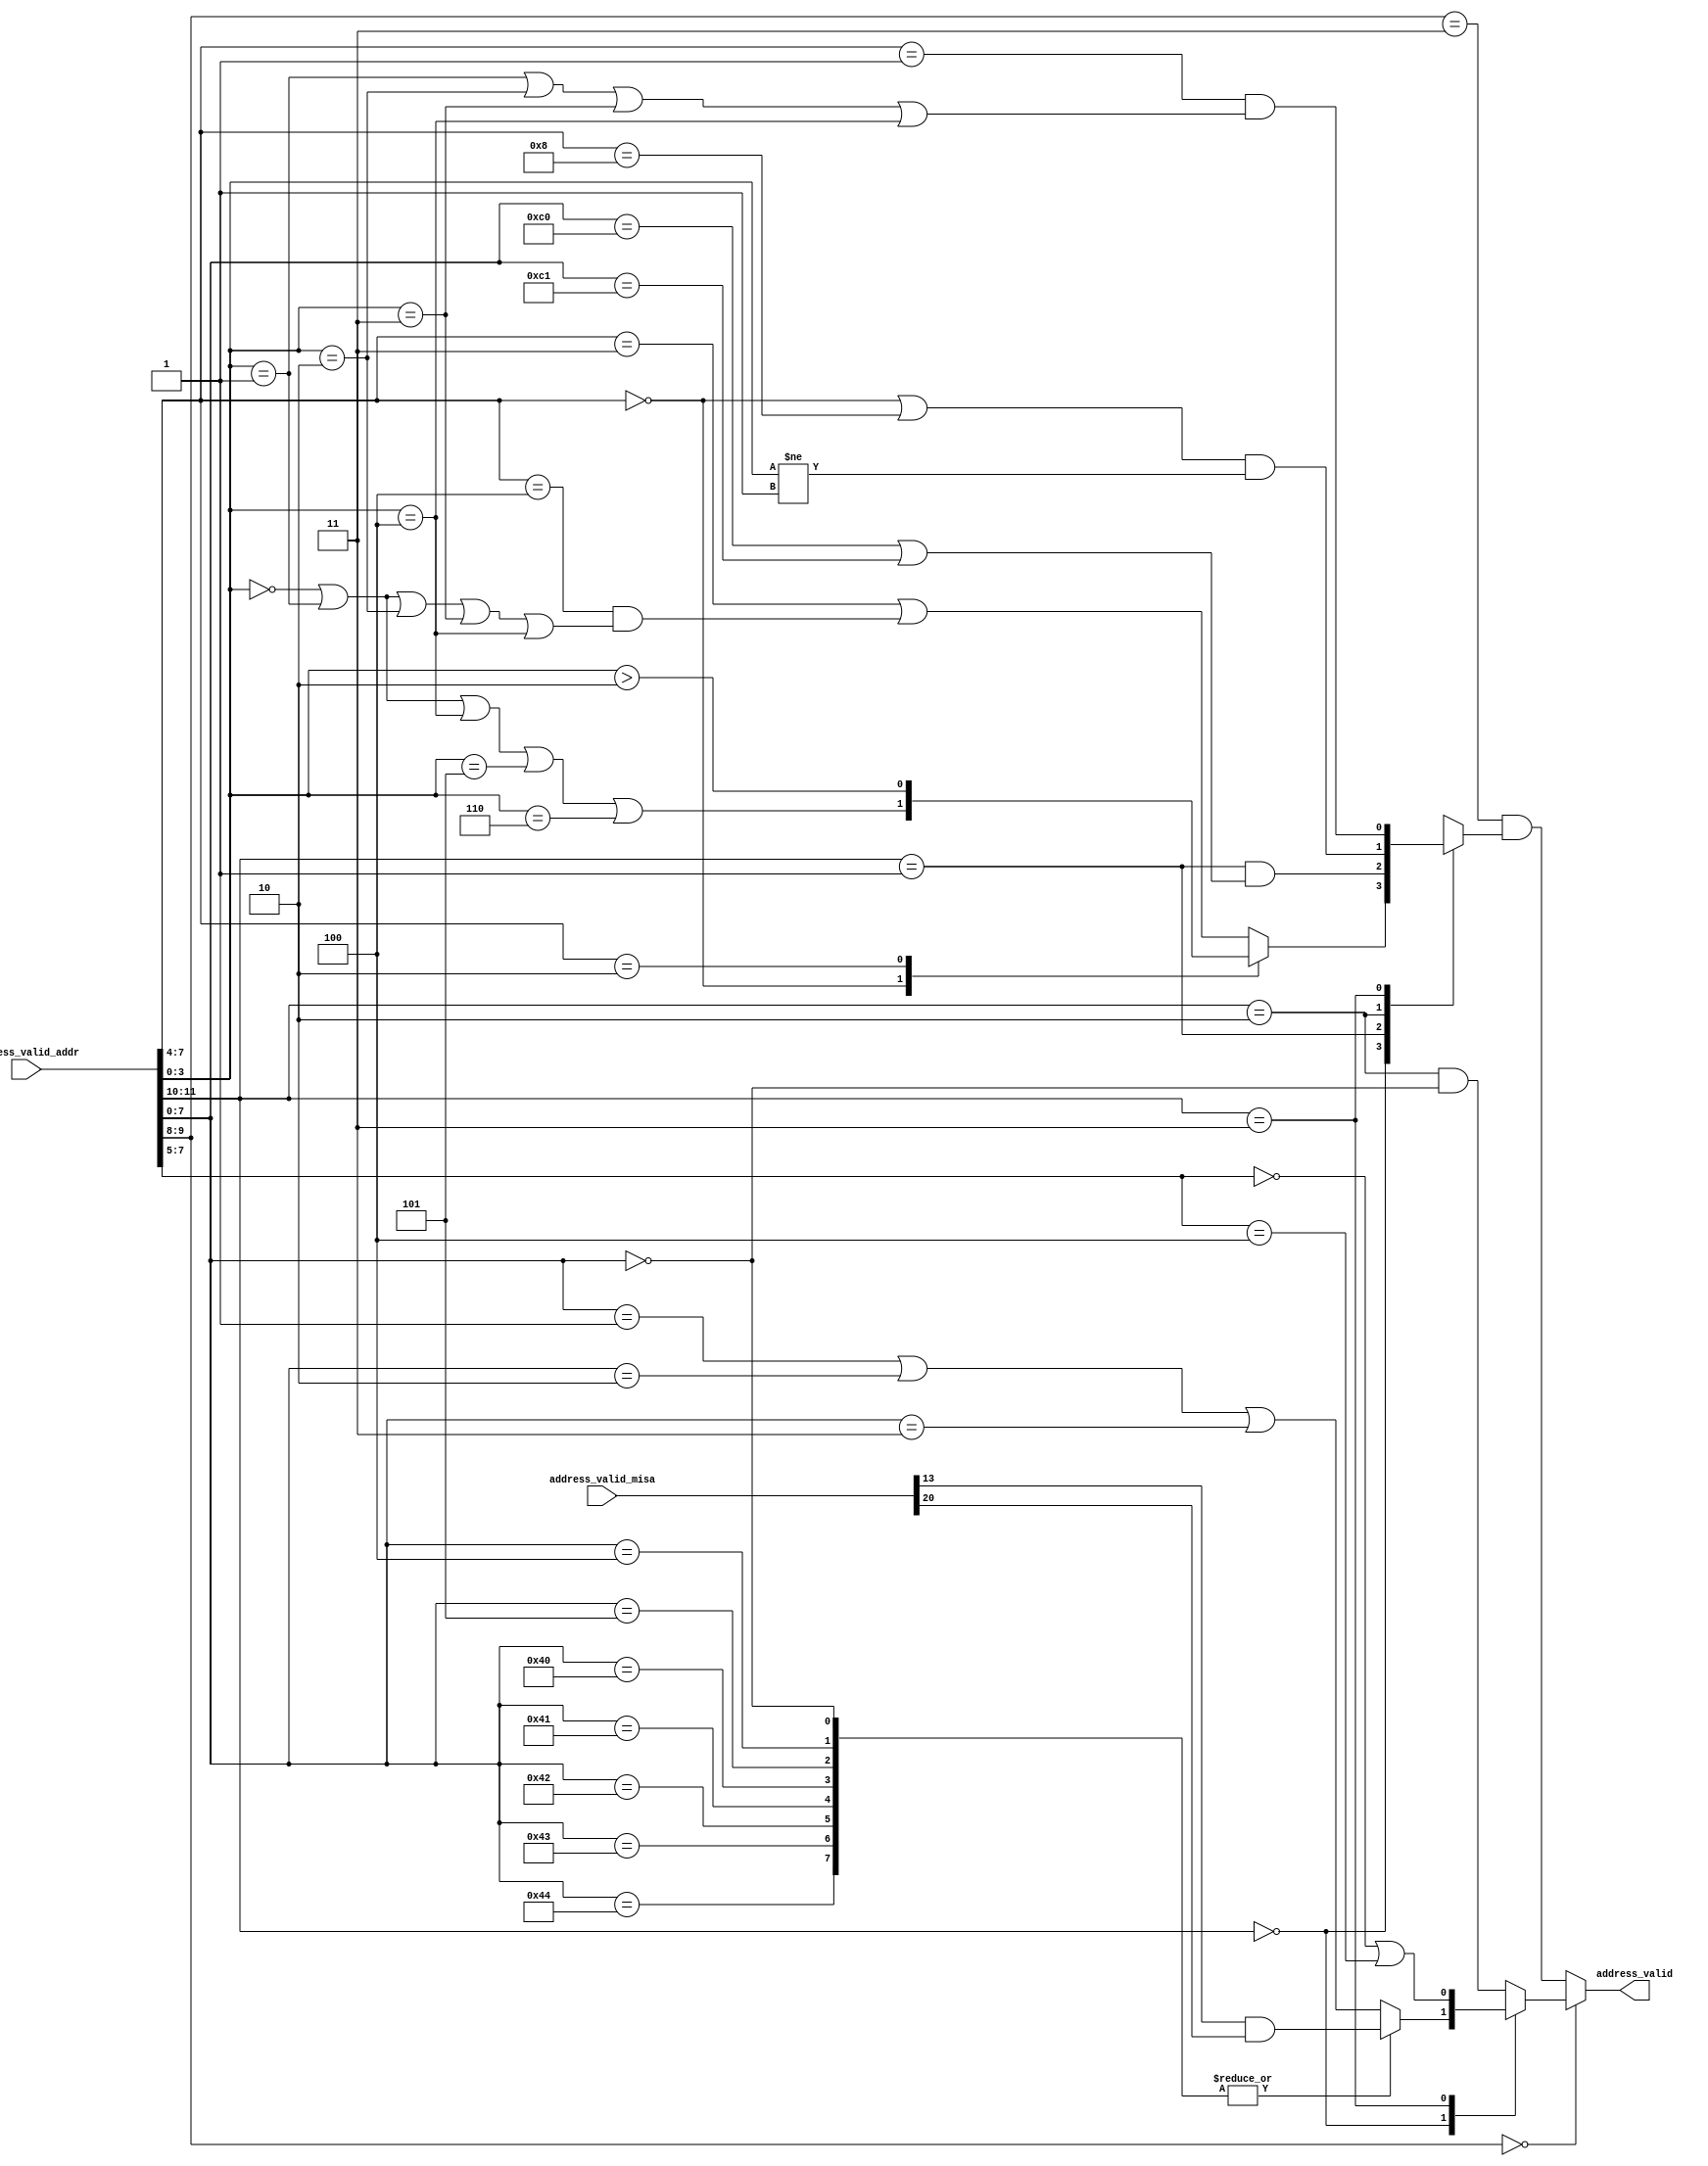
//
// Generated by Bluespec Compiler, version 2022.01-36-ga6304315 (build a6304315)
//
// On Tue Oct  4 10:37:05 CEST 2022
//
//
// Ports:
// Name                         I/O  size props
// address_valid                  O     1
// address_valid_addr             I    12
// address_valid_misa             I    26
//
// Combinational paths from inputs to outputs:
//   (address_valid_addr, address_valid_misa) -> address_valid
//
//

`ifdef BSV_ASSIGNMENT_DELAY
`else
  `define BSV_ASSIGNMENT_DELAY
`endif

`ifdef BSV_POSITIVE_RESET
  `define BSV_RESET_VALUE 1'b1
  `define BSV_RESET_EDGE posedge
`else
  `define BSV_RESET_VALUE 1'b0
  `define BSV_RESET_EDGE negedge
`endif

module module_address_valid(address_valid_addr,
			    address_valid_misa,
			    address_valid);
  // value method address_valid
  input  [11 : 0] address_valid_addr;
  input  [25 : 0] address_valid_misa;
  output address_valid;

  // signals for module outputs
  wire address_valid;

  // remaining internal signals
  reg CASE_address_valid_addr_BITS_11_TO_10_0b0_CASE_ETC__q2,
      CASE_address_valid_addr_BITS_11_TO_10_0b0_CASE_ETC__q4,
      CASE_address_valid_addr_BITS_7_TO_0_0_address__ETC__q1,
      CASE_address_valid_addr_BITS_7_TO_4_0_address__ETC__q3;
  wire address_valid_misa_BIT_13_1_AND_address_valid__ETC___d23;

  // value method address_valid
  assign address_valid =
	     (address_valid_addr[9:8] == 2'b0) ?
	       CASE_address_valid_addr_BITS_11_TO_10_0b0_CASE_ETC__q2 :
	       address_valid_addr[9:8] == 2'b11 &&
	       CASE_address_valid_addr_BITS_11_TO_10_0b0_CASE_ETC__q4 ;

  // remaining internal signals
  assign address_valid_misa_BIT_13_1_AND_address_valid__ETC___d23 =
	     address_valid_misa[13] & address_valid_misa[20] ;
  always@(address_valid_addr or
	  address_valid_misa_BIT_13_1_AND_address_valid__ETC___d23)
  begin
    case (address_valid_addr[7:0])
      8'd0, 8'h04, 8'h05, 8'h40, 8'h41, 8'h42, 8'h43, 8'h44:
	  CASE_address_valid_addr_BITS_7_TO_0_0_address__ETC__q1 =
	      address_valid_misa_BIT_13_1_AND_address_valid__ETC___d23;
      default: CASE_address_valid_addr_BITS_7_TO_0_0_address__ETC__q1 =
		   address_valid_addr[7:0] == 8'h01 ||
		   address_valid_addr[7:0] == 8'h02 ||
		   address_valid_addr[7:0] == 8'h03;
    endcase
  end
  always@(address_valid_addr or
	  CASE_address_valid_addr_BITS_7_TO_0_0_address__ETC__q1)
  begin
    case (address_valid_addr[11:10])
      2'b0:
	  CASE_address_valid_addr_BITS_11_TO_10_0b0_CASE_ETC__q2 =
	      CASE_address_valid_addr_BITS_7_TO_0_0_address__ETC__q1;
      2'b11:
	  CASE_address_valid_addr_BITS_11_TO_10_0b0_CASE_ETC__q2 =
	      address_valid_addr[7:5] == 3'b0 ||
	      address_valid_addr[7:5] == 3'b100;
      default: CASE_address_valid_addr_BITS_11_TO_10_0b0_CASE_ETC__q2 =
		   address_valid_addr[11:10] == 2'b10 &&
		   address_valid_addr[7:0] == 8'd0;
    endcase
  end
  always@(address_valid_addr)
  begin
    case (address_valid_addr[7:4])
      4'd0:
	  CASE_address_valid_addr_BITS_7_TO_4_0_address__ETC__q3 =
	      address_valid_addr[3:0] == 4'h0 ||
	      address_valid_addr[3:0] == 4'd1 ||
	      address_valid_addr[3:0] == 4'h4 ||
	      address_valid_addr[3:0] == 4'h5 ||
	      address_valid_addr[3:0] == 4'h6;
      4'h2:
	  CASE_address_valid_addr_BITS_7_TO_4_0_address__ETC__q3 =
	      address_valid_addr[3:0] > 4'd2;
      default: CASE_address_valid_addr_BITS_7_TO_4_0_address__ETC__q3 =
		   address_valid_addr[7:4] == 4'h3 ||
		   address_valid_addr[7:4] == 4'h4 &&
		   (address_valid_addr[3:0] == 4'h0 ||
		    address_valid_addr[3:0] == 4'd1 ||
		    address_valid_addr[3:0] == 4'h2 ||
		    address_valid_addr[3:0] == 4'h3 ||
		    address_valid_addr[3:0] == 4'h4);
    endcase
  end
  always@(address_valid_addr or
	  CASE_address_valid_addr_BITS_7_TO_4_0_address__ETC__q3)
  begin
    case (address_valid_addr[11:10])
      2'b0:
	  CASE_address_valid_addr_BITS_11_TO_10_0b0_CASE_ETC__q4 =
	      CASE_address_valid_addr_BITS_7_TO_4_0_address__ETC__q3;
      2'd1:
	  CASE_address_valid_addr_BITS_11_TO_10_0b0_CASE_ETC__q4 =
	      address_valid_addr[11:10] == 2'b01 &&
	      (address_valid_addr[7:0] == 8'hC0 ||
	       address_valid_addr[7:0] == 8'hC1);
      2'b10:
	  CASE_address_valid_addr_BITS_11_TO_10_0b0_CASE_ETC__q4 =
	      (address_valid_addr[7:4] == 4'd0 ||
	       address_valid_addr[7:4] == 4'd8) &&
	      address_valid_addr[3:0] != 4'd1;
      2'b11:
	  CASE_address_valid_addr_BITS_11_TO_10_0b0_CASE_ETC__q4 =
	      address_valid_addr[7:4] == 4'd1 &&
	      (address_valid_addr[3:0] == 4'd1 ||
	       address_valid_addr[3:0] == 4'h2 ||
	       address_valid_addr[3:0] == 4'h3 ||
	       address_valid_addr[3:0] == 4'h4);
    endcase
  end
endmodule  // module_address_valid